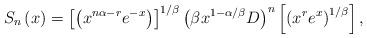
LaTeX: \begin{align*}S_{n}\left( x\right) =\left[ \left( x^{n\alpha-r}e^{-x}\right) \right]^{1/\beta}\left( \beta x^{1-\alpha/\beta}D\right) ^{n}\left[ \left(x^{r}e^{x}\right) ^{1/\beta}\right] , \end{align*}